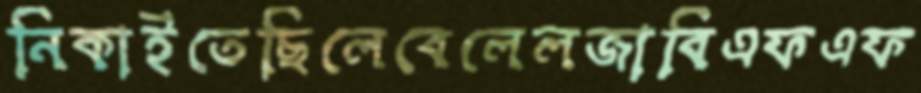
নিকাইতেছিলেবেলেলজাবিএফএফ